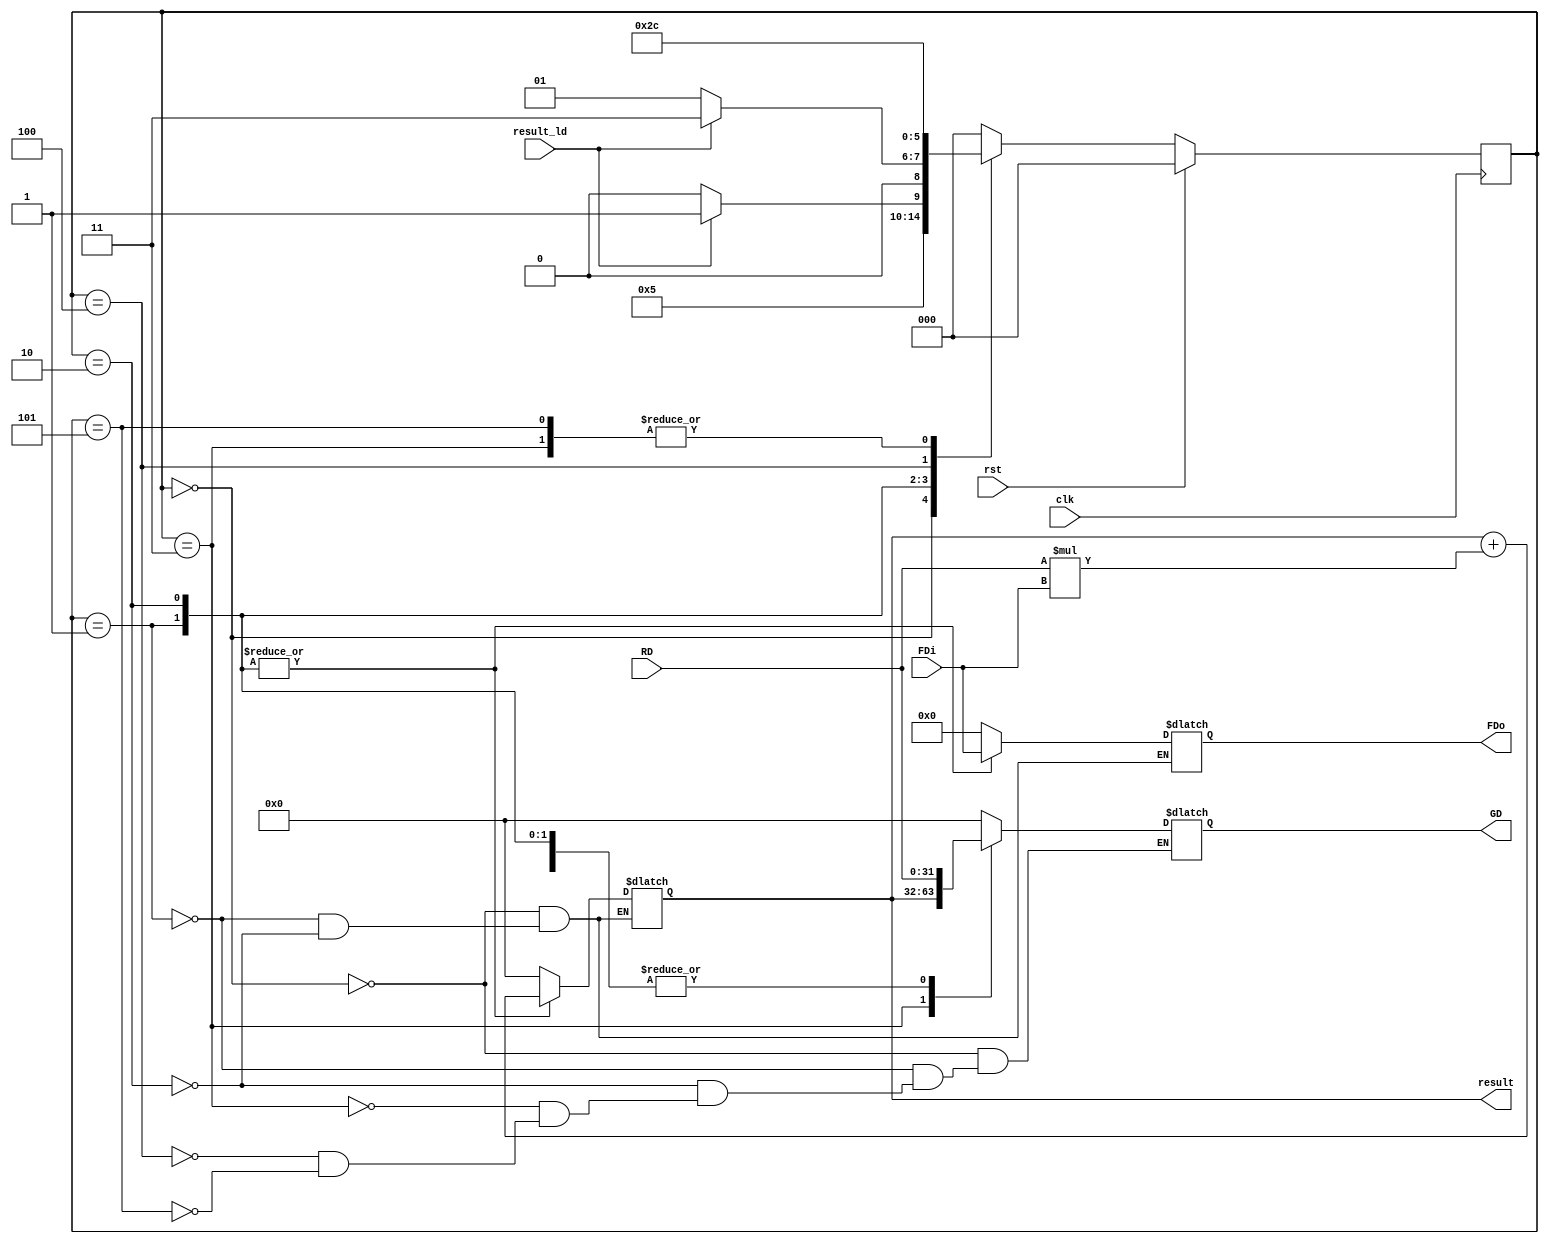
module fsm_pe (RD, FDi, clk, rst, GD, FDo, result, result_ld);
	parameter DATA_WIDTH=16,
			reset=0,
			calc_0=1,
			calc_1=2,
			ld_result=3,
			drain_0=4,
			drain_1=5;
	
	input [(2*DATA_WIDTH)-1:0] RD;
	input [DATA_WIDTH-1:0] FDi;
	input clk, rst, result_ld;
	
	output reg [DATA_WIDTH-1:0] FDo;
	output reg [(2*DATA_WIDTH)-1:0] GD;
	output reg [(2*DATA_WIDTH)-1:0] result;
	
	wire [(2*DATA_WIDTH)-1:0] multi;
	
	reg[2:0]  p_state, n_state;	
	
	
	always @ (p_state,result_ld)
	
    		begin
            
     		   case (p_state)
        
			reset: // state 0
			begin
				result <= 0;
				FDo <= 0;
				GD <= 0;
				
				// next state
				n_state=calc_0;
			end
			
			calc_0: // state 1
			begin
				result <= result + multi;
				FDo <= FDi;
				GD <= RD;
				
				// next state
				if (result_ld)
					n_state=ld_result;
				else
					n_state=calc_1;			
			end
	
			calc_1: // state 2
			begin
				result <= result + multi;
				FDo <= FDi;
				GD <= RD;
				
				// next state
				if (result_ld)
					n_state=ld_result;
				else
					n_state=calc_0;			
			end
	
			ld_result: // state 3
			begin
				GD <= result;
				
				// next state
				n_state=drain_0;
			end
			
			drain_0: // state 4
			begin
				GD <= RD;
				
				// next state
				n_state=drain_1;
			end
			
			drain_1: // state 5
			begin
				GD <= RD;
				
				// next state
				n_state=drain_0;
			end

			default: n_state= reset;

		   endcase
		
	end // end of always
	
	// MAC operation
		assign multi = RD*FDi;
		
	
  	always @ (posedge clk)
  	
    		begin // always    
       			if (rst)
        			   p_state=reset; 
			else
     				   p_state=n_state;
   		 end // always
endmodule